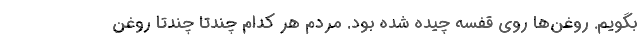
بگویم. روغن‌ها روی قفسه چیده شده بود. مردم هر کدام چندتا چندتا روغن